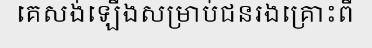
គេសង់ឡើងសម្រាប់ជនរងគ្រោះពី